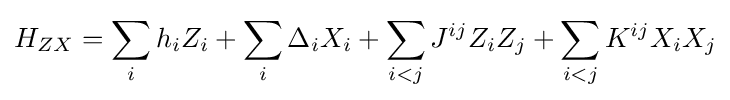
H_{ZX}=\sum _{i}h_{i}Z_{i}+\sum _{i}\Delta _{i}X_{i}+\sum _{i<j}J^{ij}Z_{i}Z_{j}+\sum _{i<j}K^{ij}X_{i}X_{j}